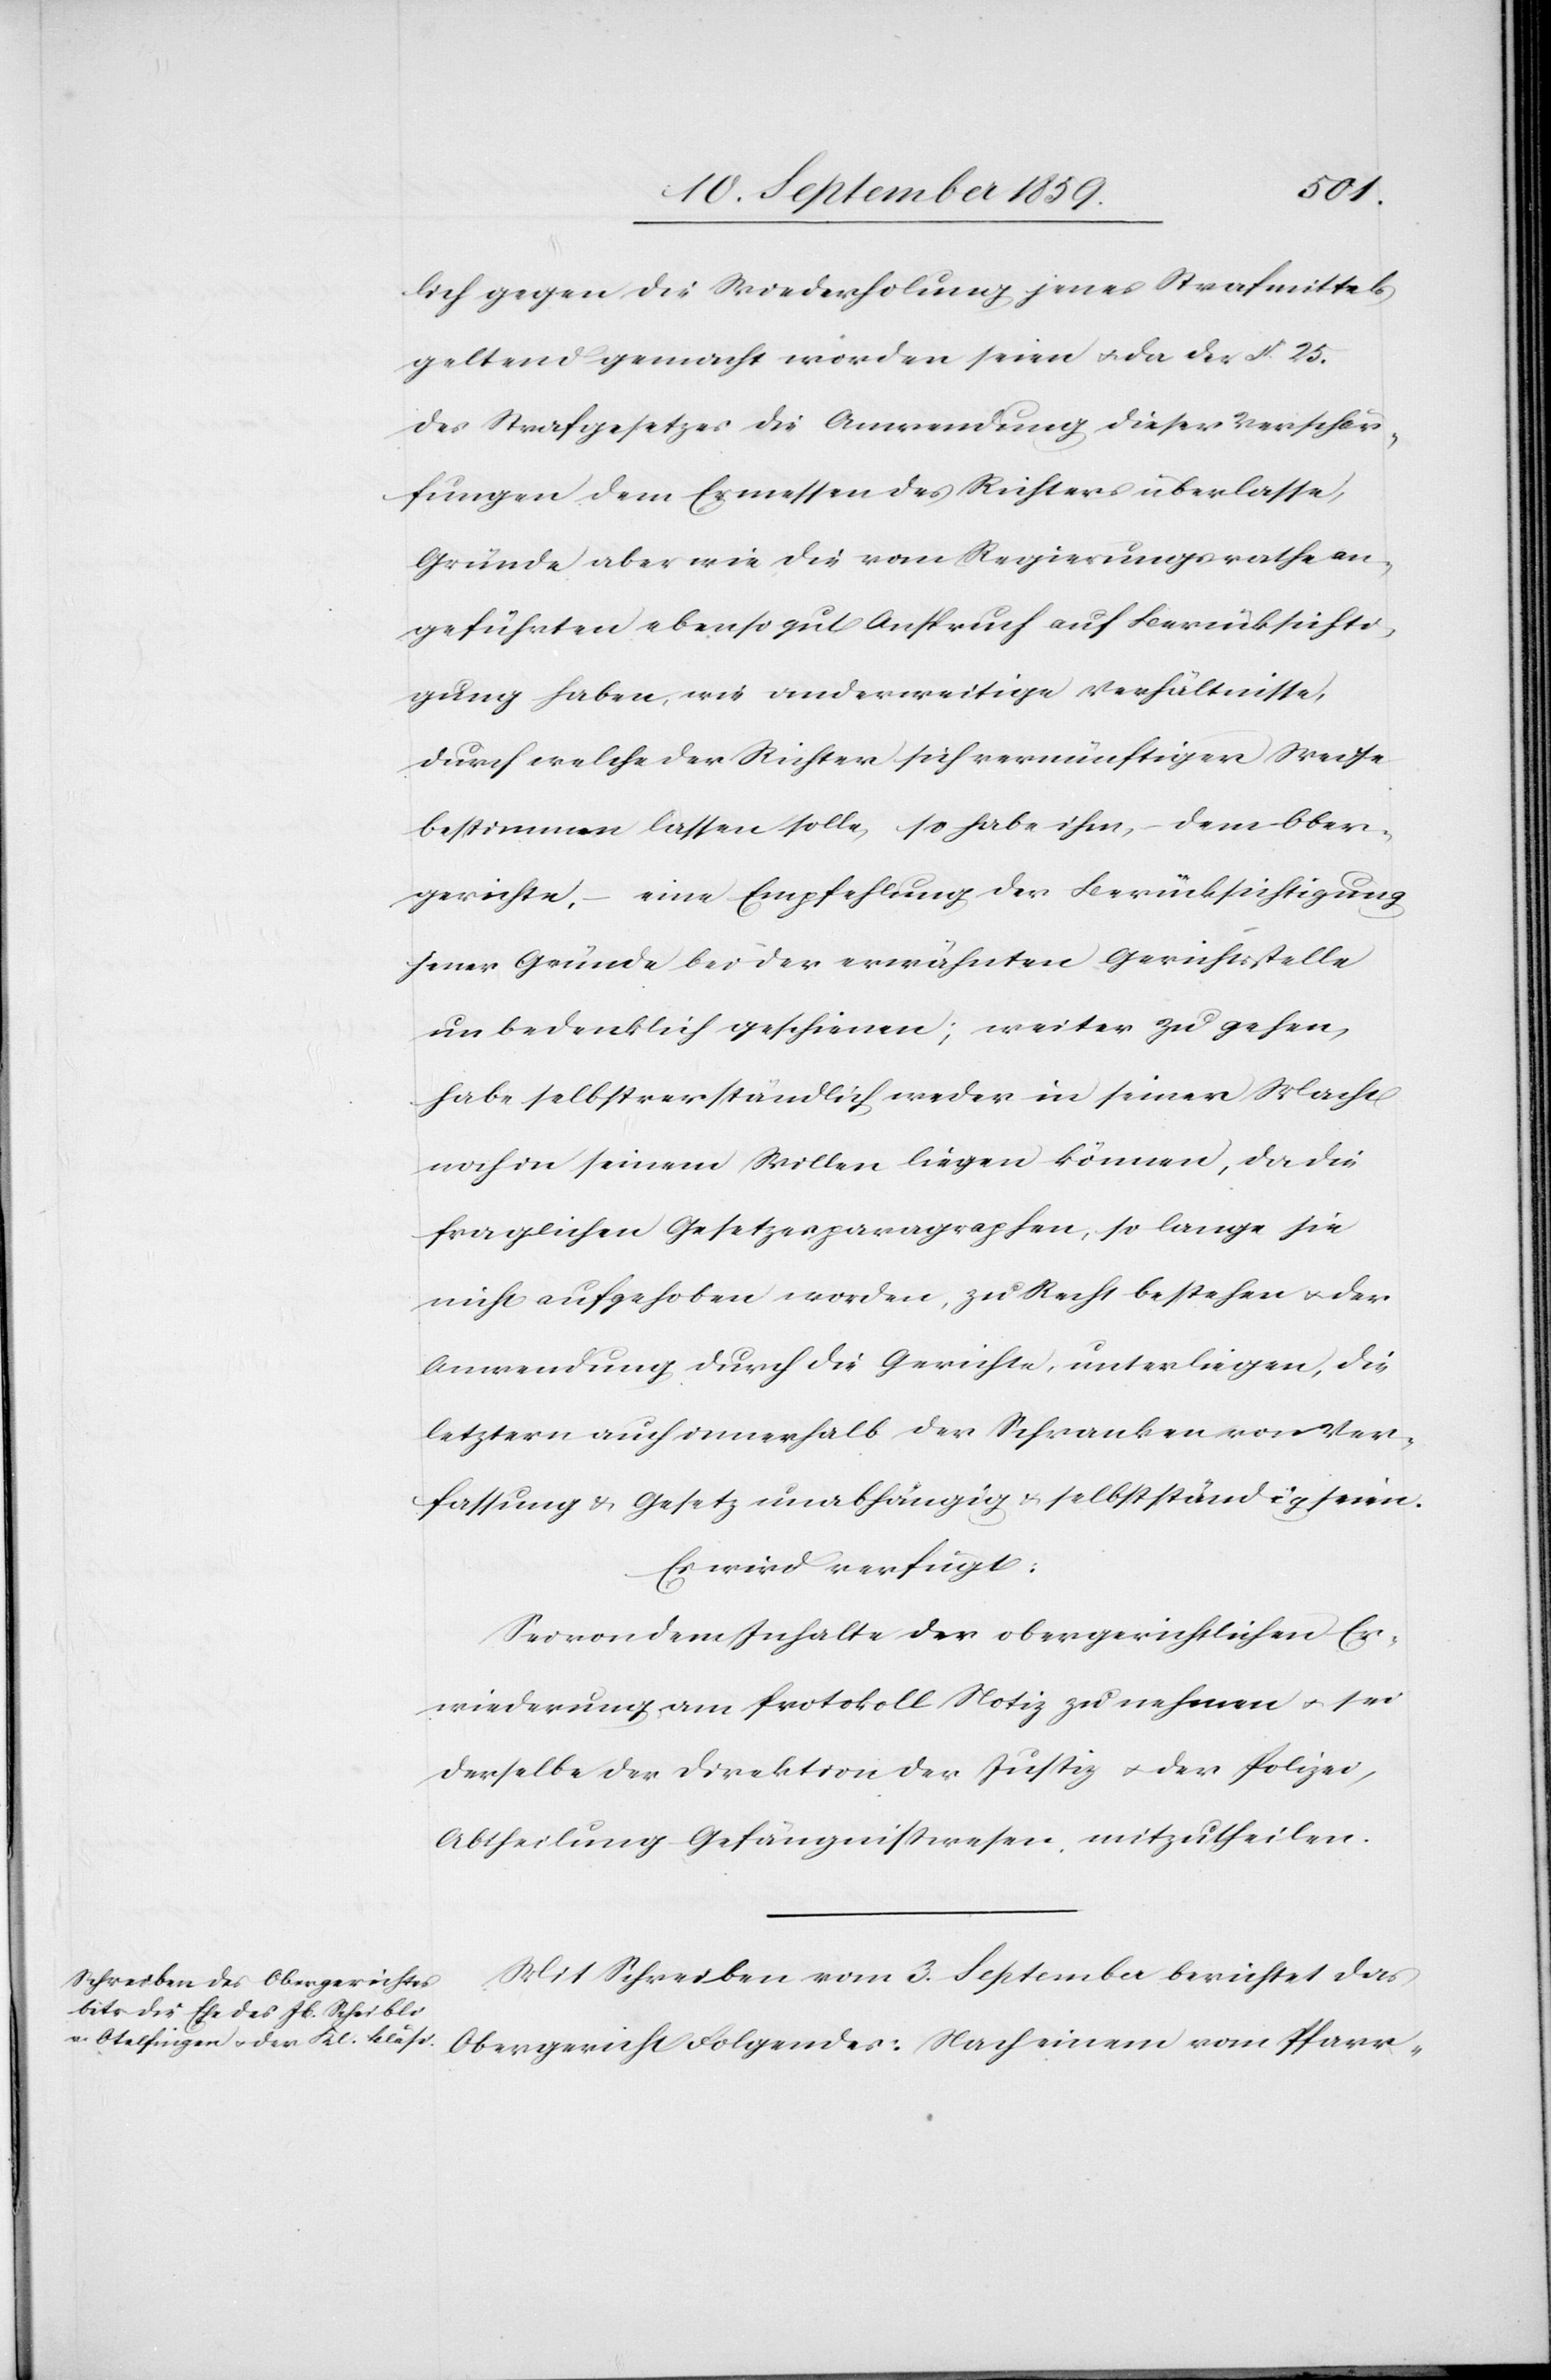
lich gegen die Wiederholung jenes Strafmittels
geltend gemacht worden seien & da der § 25.
des Strafgesetzes die Anwendung dieser Verschär¬
fungen dem Ermessen des Richters überlasse,
Gründe aber wie die vom Regierungsrathe an¬
geführten ebenso gut Anspruch auf Berücksichti¬
gung haben, wie anderweitige Verhältnisse,
durch welche der Richter sich vernünftiger Weise
bestimmen lassen solle, so habe ihm, dem Ober¬
gerichte, – eine Empfehlung der Berücksichtigung
seiner Gründe bei der erwähnten Gerichtsstelle
unbedenklich geschienen; weiter zu gehen,
habe selbstverständlich weder in seiner Macht
noch in seinem Willen liegen können, da die
fraglichen Gesetzesparagraphen, so lange sie
nicht aufgehoben worden, zu Recht bestehen & der
Anwendung durch die Gerichte, unterliegen, die
letztern auch innerhalb der Schranken von Ver¬
fassung & Gesetz unabhängig & selbständig seien.
Es wird verfügt:
Sei von dem Inhalte der obergerichtlichen Er¬
wiederung am Protokoll Notiz zu nehmen, & sei
derselbe der Direktion der Justiz & der Polizei,
Abtheilung Gefängnißwesen mitzutheilen.
Mit Schreiben vom 3. September berichtet das
Obergericht Folgendes: Nach einem vom Pfarr-